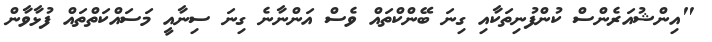
"އިންޝުއަރެންސް ކުންފުނިތަކާއި ގިނަ ބޭންކްތައް ވެސް އަންނާނެ ގިނަ ސިނާއީ މަސައްކަތްތައް ފުޅާވާން